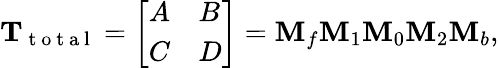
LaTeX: \mathrm{\mathbf{T}}_{\mathrm{~t~o~t~a~l~}}=\left[\begin{array}{ll}{A}&{B}\\ {C}&{D}\end{array}\right]=\mathbf{M}_{f}\mathbf{M}_{1}\mathbf{M}_{0}\mathbf{M}_{2}\mathbf{M}_{b},